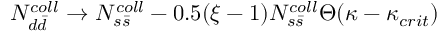
N _ { d \bar { d } } ^ { c o l l } \to N _ { s \bar { s } } ^ { c o l l } - 0 . 5 ( \xi - 1 ) N _ { s \bar { s } } ^ { c o l l } \Theta ( \kappa - \kappa _ { c r i t } )